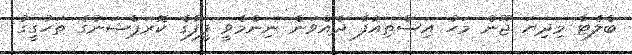
ބްލެޓާ މިދިޔަ ޖޫން މަހު އިސްތިއުފާ ދެއްވަން ނިންމެވީ ފީފާގެ ކޮރަޕްޝަނުގެ ތަހުގީގު